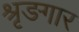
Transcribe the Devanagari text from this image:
श्रृङगार